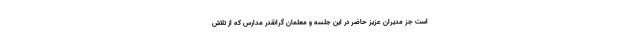
است جز مدیران عزیز حاضر در این جلسه و معلمان گرانقدر مدارس که از تلاش